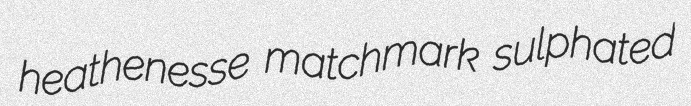
heathenesse matchmark sulphated